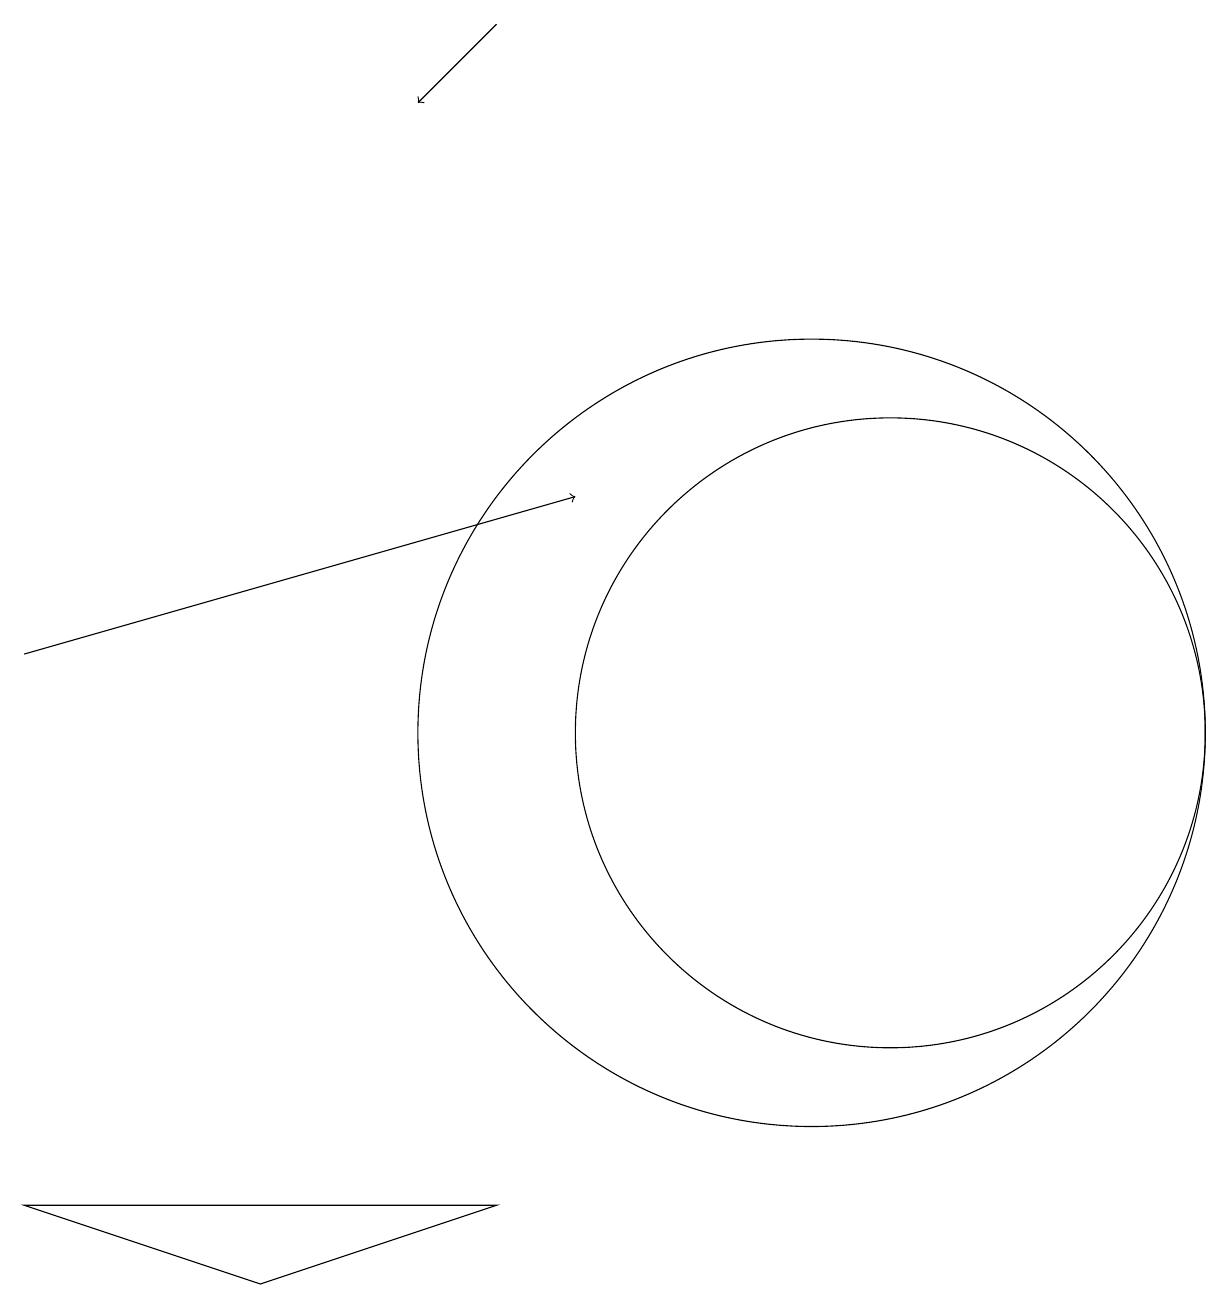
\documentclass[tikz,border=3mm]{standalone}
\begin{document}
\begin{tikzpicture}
\draw (11,10) circle (5);
\draw[->] (7,19) -- (6,18);
\draw[->] (1,11) -- (8,13);
\draw (12,10) circle (4);
\draw (7,4) -- (1,4) -- (4,3) -- cycle;
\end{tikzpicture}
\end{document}